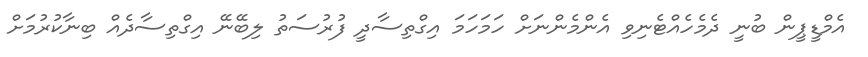
އެމްޑީޕީން ބުނީ ދެމެހެއްޓެނިވި އެންމެންނަށް ހަމަހަމަ އިގްތިސާދީ ފުރުސަތު ލިބޭނޭ އިގްތިސާދެއް ބިނާކުރުމަށް